Reports on military cantonments and civil stations in the Presidency of Bombay inspected by the Sanitary Commissioner in the years 1875 and 1876
Year: 1875
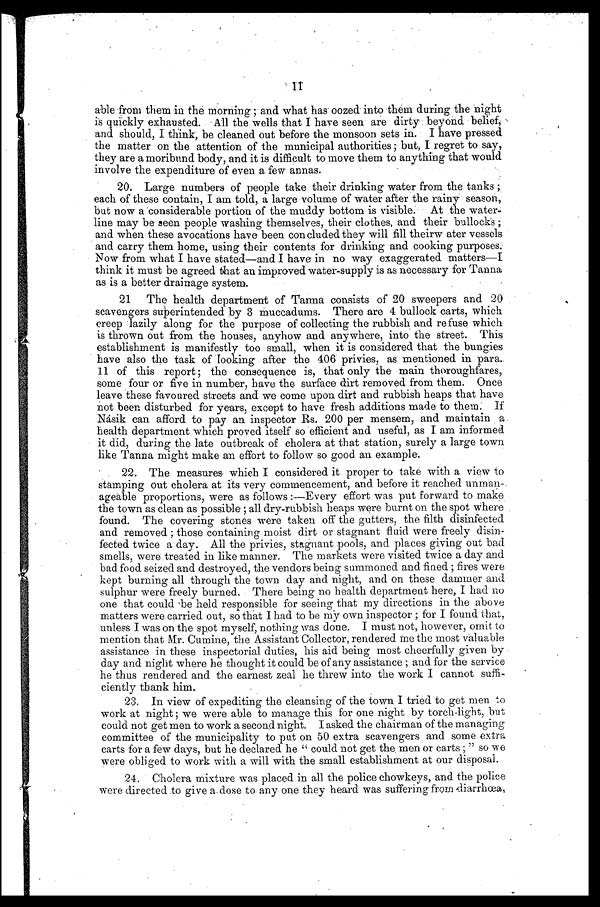
able from them in the morning; and what has oozed into them during the night
is quickly exhausted. All the wells that I have seen are dirty beyond belief,
and should, I think, be cleaned out before the monsoon sets in. I have pressed
the matter on the attention of the municipal authorities; but, I regret to say,
they are a moribund body, and it is difficult to move them to anything that would
involve the expenditure of even a few annas.
20. Large numbers of people take their drinking water from the tanks;
each of these contain, I am told, a large volume of water after the rainy season,
but now a considerable portion of the muddy bottom is visible. At the water
- l i n e m a y b e s e e n p e o p l e w a s h i n g t h e m s e l v e s , t h e i r c l o t h e s , a n d t h e i r b u l l o c k s ;
and when these avocations have been concluded they will fill theirw ater vessels
and carry them home, using their contents for drinking and cooking purposes.
Now from what I have stated—and I have in no way exaggerated matters—I
think it must be agreed that an improved water-supply is as necessary for Tanna
as is a better drainage system.
21 The health department of Tanna consists of 20 sweepers and 20
scavengers superintended by 3 muccadums. There are 4 bullock carts, which
creep lazily along for the purpose of collecting the rubbish and refuse which
is thrown out from the houses, anyhow and anywhere, into the street. This
establishment is manifestly too small, when it is considered that the bungies
have also the task of looking after the 406 privies, as mentioned in para.
11 of this report; the consequence is, that only the main thoroughfares,
some four or five in number, have the surface dirt removed from them. Once
leave these favoured streets and we come upon dirt and rubbish heaps that have
not been disturbed for years, except to have fresh additions made to them. If
Násik can afford to pay an inspector Rs. 200 per mensem, and maintain a
health department which proved itself so efficient and useful, as I am informed
it did, during the late outbreak of cholera at that station, surely a large town
like Tanna might make an effort to follow so good an example.
22. The measures which I considered it proper to take with a view to
stamping out cholera at its very commencement, and before it reached unman
-ageable proportions, were as follows:—Every effort was put forward to make
the town as clean as possible; all dry-rubbish heaps were burnt on the spot Where
found. The covering stones were taken off the gutters, the filth disinfected
and removed; those containing moist dirt or stagnant fluid were freely disin
-fected twice a day. All the privies, stagnant pools, and places giving out bad
smells, were treated in like manner. The markets were visited twice a day and
bad food seized and destroyed, the vendors being summoned and fined; fires were
kept burning all through the town day and night, and on these dammer and
sulphur were freely burned. There being no health department here, I had no
one that could be held responsible for seeing that my directions in the above
matters were carried out, so that I had to be my own inspector; for I found that,
unless I was on the spot myself, nothing was done. I must not, however, omit to
mention that Mr. Cumine, the Assistant Collector, rendered fine the most valuable
assistance in these inspectorial duties, his aid being most cheerfully given by
day and night where he thought it could be of any assistance; and for the service
he thus rendered and the earnest zeal he threw into the work I cannot suffi
-ciently thank him.
23. In view of expediting the cleansing of the town I tried to get men to
wo r k a t n i g h t ; we we r e a b l e t o ma n a g e t h i s f o r o n e n i g h t b y t o r c h - l i g h t , b u t
could not get men to work a second night. I asked the chairman of the managing
committee of the municipality to put on 50 extra scavengers and some extra
carts for a few days, but he declared he "could not get the men or carts;" so we
were obliged to work with a will with the small establishment at our disposal.
24. Cholera mixture was placed in all the police chowkeys, and the police
were directed to give a dose to any one they heard was suffering from diarrhœa,